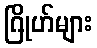
ဂြိုဟ်များ